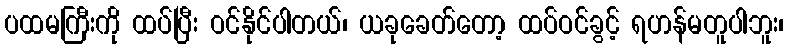
ပထမကြီးကို ထပ်ပြီး ဝင်နိုင်ပါတယ်၊ ယခုခေတ်တော့ ထပ်ဝင်ခွင့် ရဟန်မတူပါဘူး၊